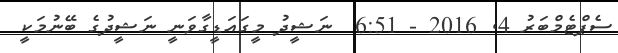
ސެޕްޓެމްބަރު 4